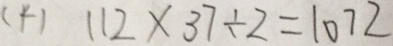
( 4 ) 1 1 2 \times 3 7 \div 2 = 1 0 7 2